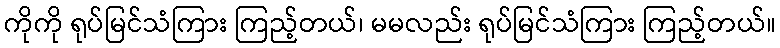
ကိုကို ရုပ်မြင်သံကြား ကြည့်တယ်၊ မမလည်း ရုပ်မြင်သံကြား ကြည့်တယ်။